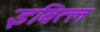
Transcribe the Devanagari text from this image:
इवित्ल